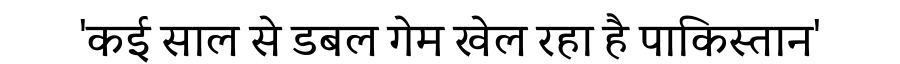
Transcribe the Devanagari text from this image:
'कई साल से डबल गेम खेल रहा है पाकिस्तान'